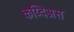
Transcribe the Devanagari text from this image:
कय्दिअस